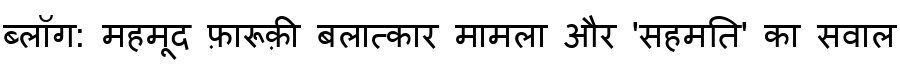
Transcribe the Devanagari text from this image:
ब्लॉग: महमूद फ़ारूक़ी बलात्कार मामला और 'सहमति' का सवाल